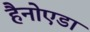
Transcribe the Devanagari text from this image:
हैनोएडा